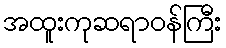
အထူးကုဆရာဝန်ကြီး